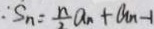
\because S _ { n } = \frac { n } { 2 } a _ { n } + a _ { n } - 1